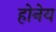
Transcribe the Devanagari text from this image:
होनेय